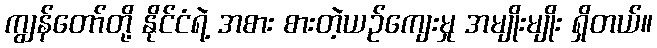
ကျွန်တော်တို့ နိုင်ငံရဲ့ အစား စားတဲ့ယဉ်ကျေးမှု အမျိုးမျိုး ရှိတယ်။